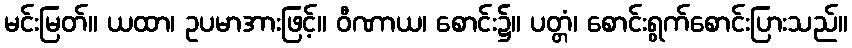
မင်းမြတ်။ ယထာ၊ ဥပမာအားဖြင့်။ ဝီဏာယ၊ စောင်း၌။ ပတ္တံ၊ စောင်းရွက်စောင်းပြားသည်။